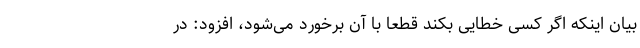
بیان اینکه اگر کسی خطایی بکند قطعا با آن برخورد می‌شود، افزود: در